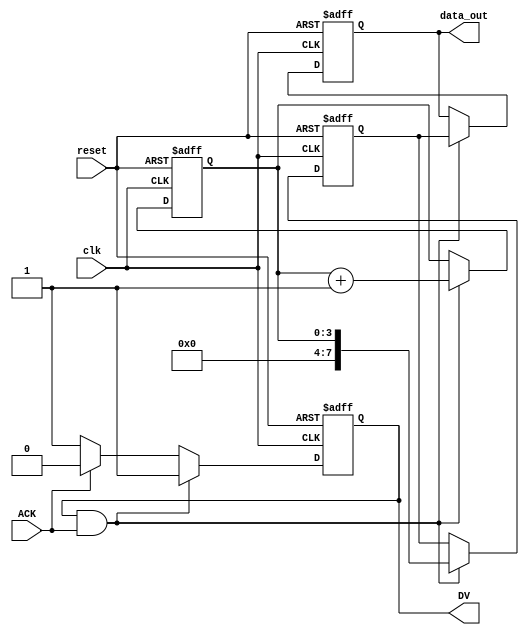
module producer (
    input wire clk,              // Clock for internal processes (not for handshake)
    input wire reset,            // Reset signal
    output reg [7:0] data_out,   // Data output to consumer
    output reg DV,               // Data Valid signal
    input wire ACK               // Acknowledgment signal from consumer
);

    reg [7:0] data_reg;          // Internal data register
    reg [3:0] count;             // Counter for data generation

    always @(posedge clk or posedge reset) begin
        if (reset) begin
            count <= 0;
            DV <= 0;
            data_reg <= 8'b0;
            data_out <= 8'b0;
        end else begin
            if (DV && ACK) begin
                // Wait for ACK before sending next data
                count <= count + 1;
                data_reg <= count; // Example data generation
                data_out <= data_reg;
                DV <= 1; // Assert DV when new data is ready
            end else if (ACK) begin
                DV <= 0; // Deassert DV after ACK received
            end else if (!DV) begin
                DV <= 1; // Assert DV if not currently valid
            end
        end
    end
endmodule